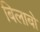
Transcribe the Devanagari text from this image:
बिलाबो